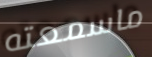
ماسمعته